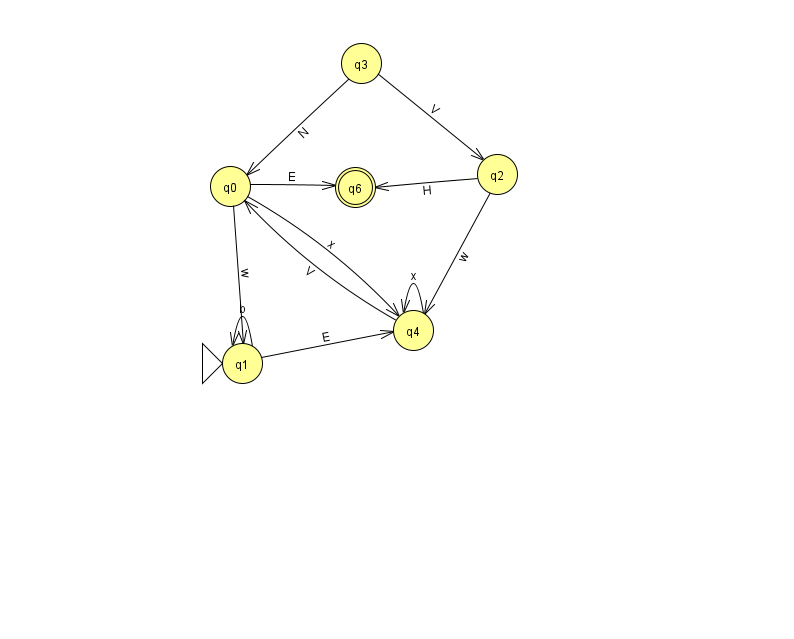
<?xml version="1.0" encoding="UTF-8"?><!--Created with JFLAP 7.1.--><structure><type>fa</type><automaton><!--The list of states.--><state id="0" name="q0"><x>230.0</x><y>173.0</y></state><state id="1" name="q1"><x>242.0</x><y>350.0</y><initial/></state><state id="2" name="q2"><x>497.0</x><y>161.0</y></state><state id="3" name="q3"><x>361.0</x><y>50.0</y></state><state id="4" name="q4"><x>413.0</x><y>317.0</y></state><state id="6" name="q6"><x>355.0</x><y>174.0</y><final/></state><!--The list of transitions.--><transition><from>3</from><to>0</to><read>N</read></transition><transition><from>1</from><to>1</to><read>b</read></transition><transition><from>2</from><to>6</to><read>H</read></transition><transition><from>2</from><to>4</to><read>w</read></transition><transition><from>4</from><to>0</to><read>V</read></transition><transition><from>4</from><to>4</to><read>x</read></transition><transition><from>0</from><to>4</to><read>x</read></transition><transition><from>0</from><to>6</to><read>E</read></transition><transition><from>3</from><to>2</to><read>V</read></transition><transition><from>0</from><to>1</to><read>w</read></transition><transition><from>1</from><to>4</to><read>E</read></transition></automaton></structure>